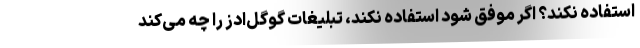
استفاده نکند؟ اگر موفق شود استفاده نکند، تبلیغات گوگل‌ادز را چه می‌کند